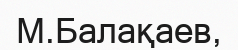
М.Балақаев,